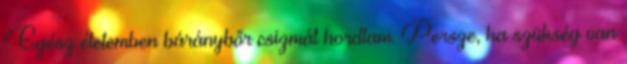
Egész életemben báránybőr csizmát hordtam. Persze, ha szükség van